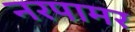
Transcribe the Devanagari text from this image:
नरपामर